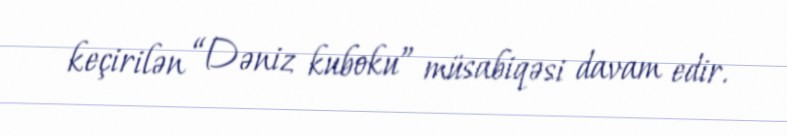
keçirilən “Dəniz kuboku” müsabiqəsi davam edir.